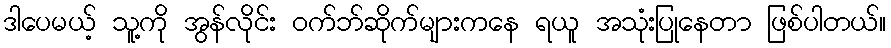
ဒါပေမယ့် သူ့ကို အွန်လိုင်း ဝက်ဘ်ဆိုက်များကနေ ရယူ အသုံးပြုနေတာ ဖြစ်ပါတယ်။